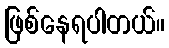
ဖြစ်နေရပါတယ်။